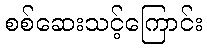
စစ်ဆေးသင့်ကြောင်း